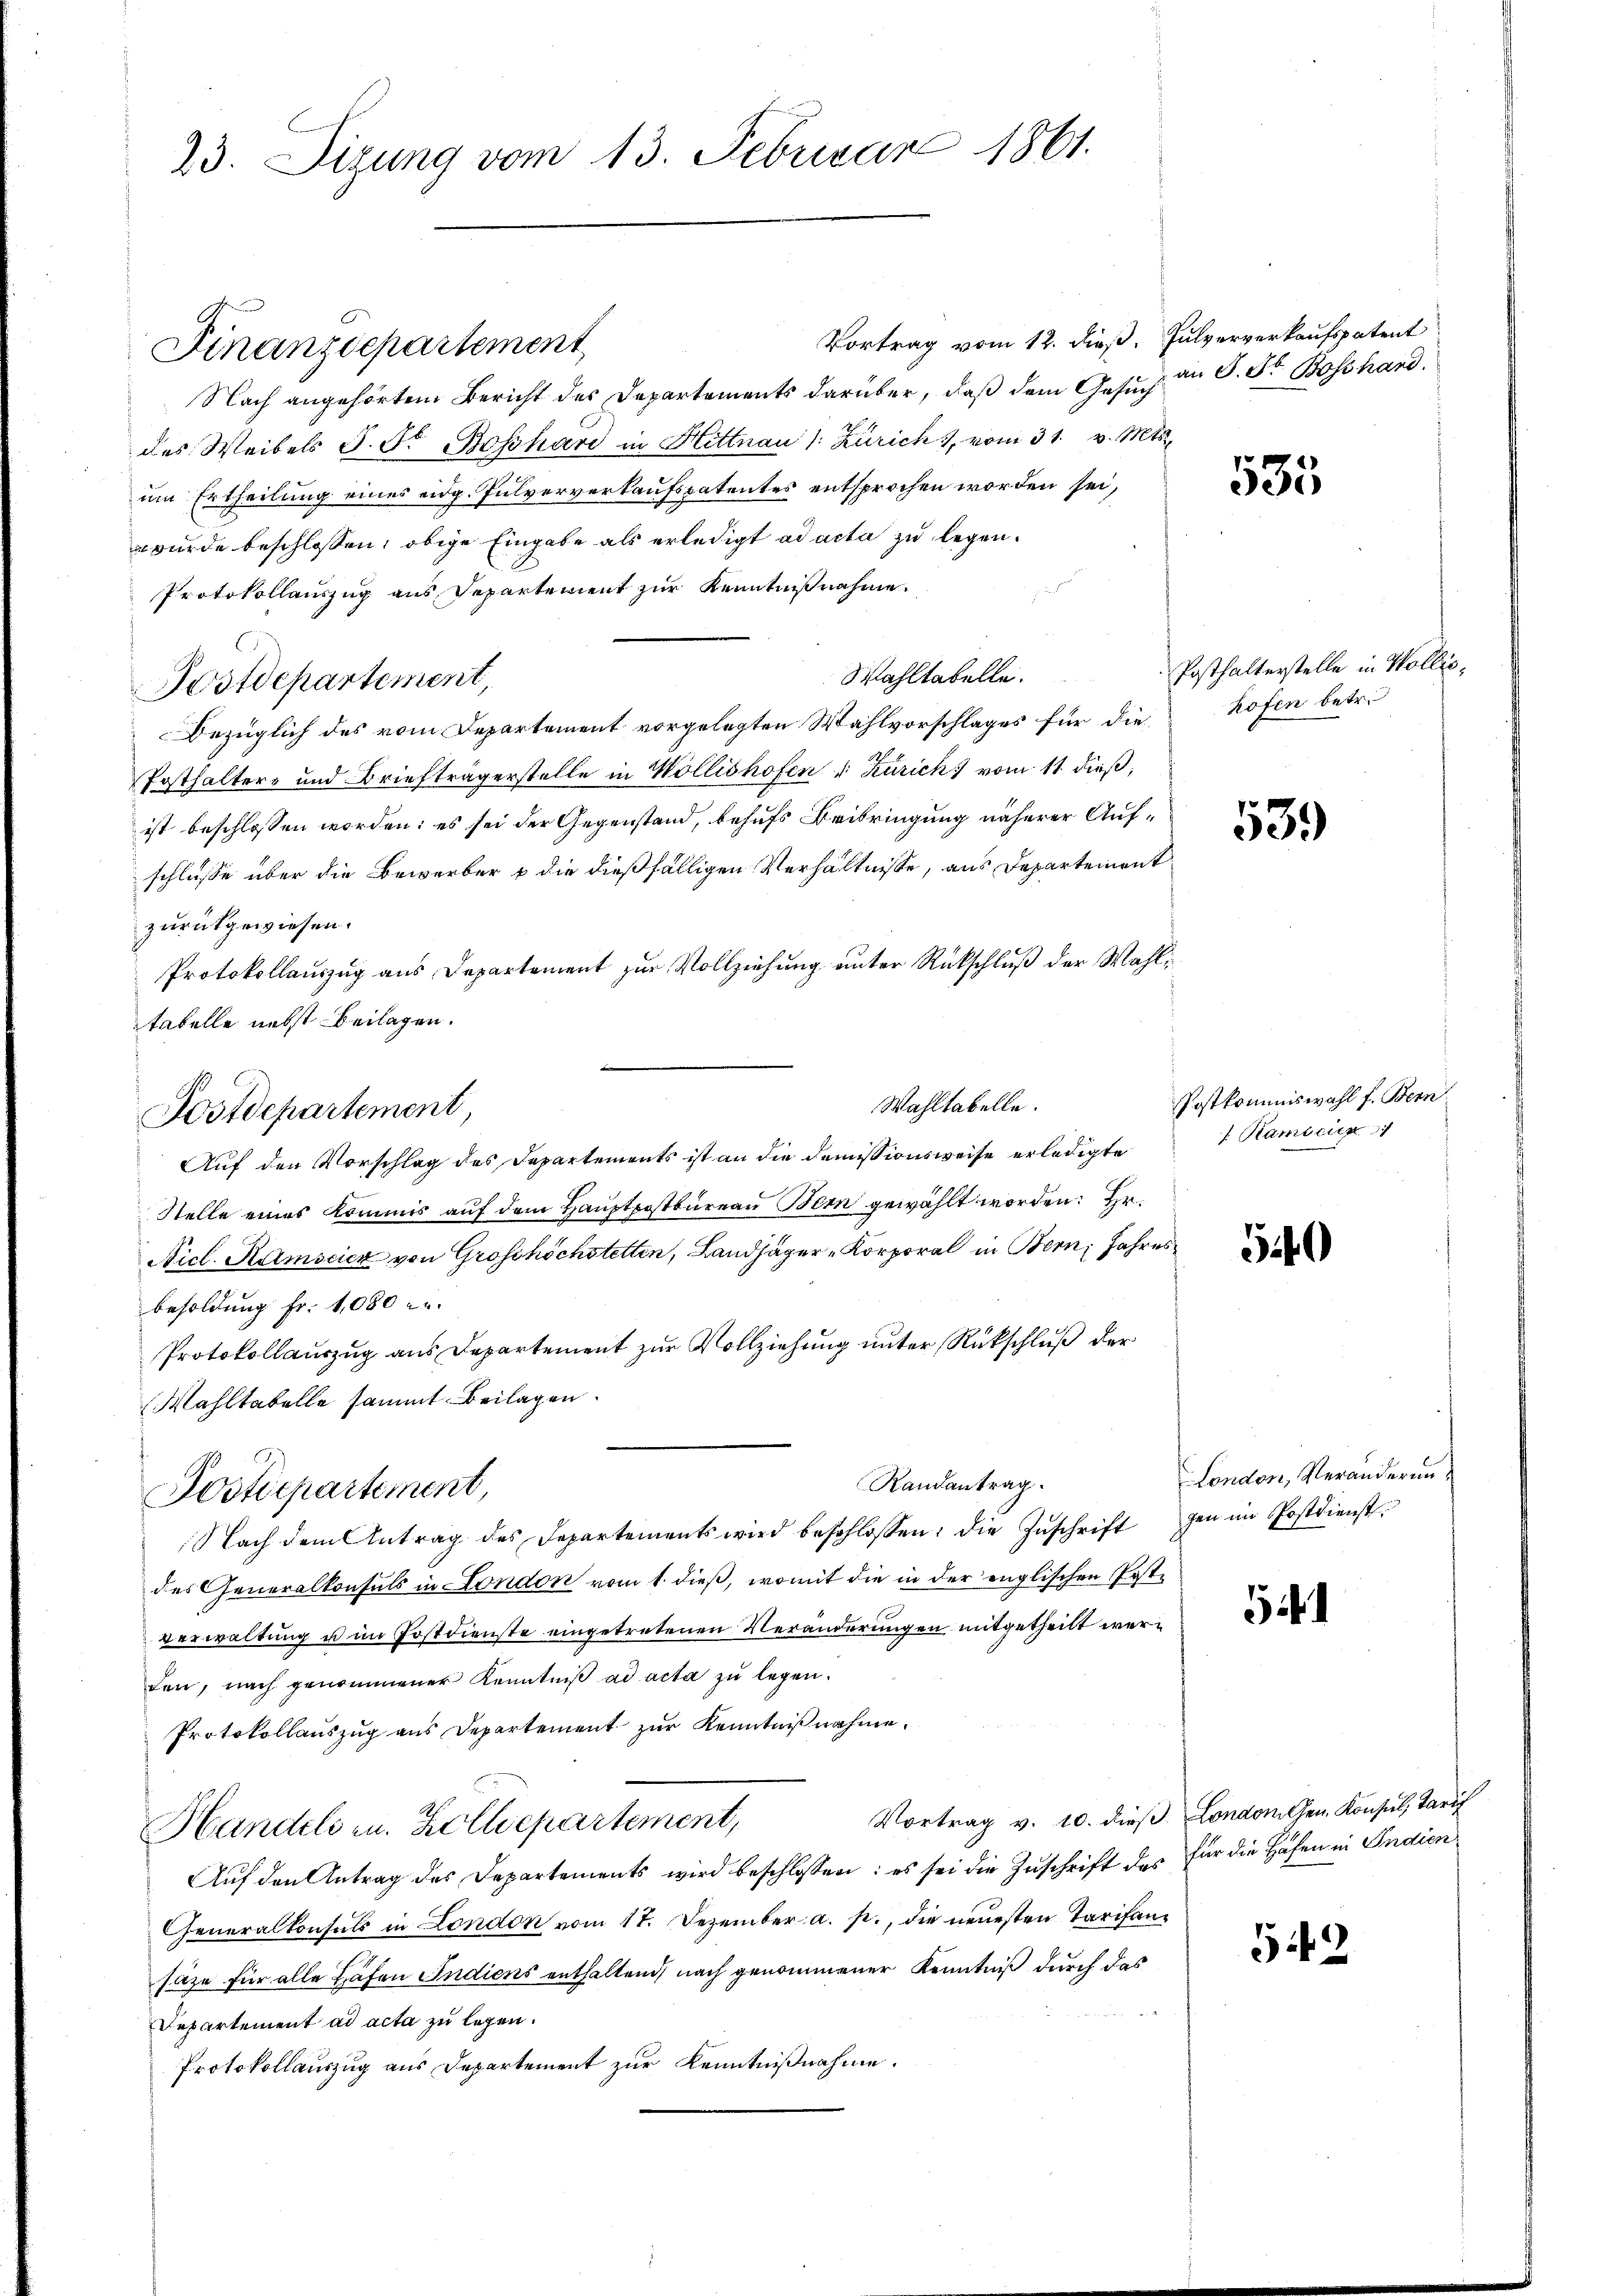
23. Sizung vom 13. Februar 1861.

Finanzdepartement

Postdepartement,

Vortrag vom 12. dieß. Fulververkaufspatent
Nach angehörtem Bericht des Departements darüber, daß dem Gesuch an S. Dr. Bosshanddes Weibels J. F. Bosshard in Hittnau (: Zürich, vom 31. v. Mts.
um Ertheilung eines eidg. Pulververkaufspatentes entsprochen worden sei,
wurde beschlossen, obige Eingabe als erledigt ad acta zu legen.
Protokollauszug aus Departement zur Kenntnißnahme.
Wahltabelle.
Postdepartement,
Bezüglich des vom Departement vorgelegten Wahlvorschlages für die
Posthalters und Briefträgerstelle in Wollishofen u. Kurich) vom 11. dieß,
ist beschlossen worden; es sei der Gegenstand, behufs Beibringung näherer Aufschlüsse über die Bewerber & die dießfälligen Verhältnisse, aus Departement
zurückgewiesen.
Protokollauszug aus Departement zur Vollziehung unter Rückschluß der Wahltabelle nebst Beilagen.
Wahltabelle.
Auf den Vorschlag des Departements ist an die Demissionsweise erledigte
Stelle eines Kommis auf dem Hauptpostbureau Bern gewählt worden. Er
Nicl. Ramscier von Grosshöchstetten, Landjäger Korporal in Bern, Jahres
besoldung Fr. 1,080 - u.
Protokollauszug aus Departement zur Vollziehung unter Rückschluß der
Wahltabelle sammt Beilagen.
Randantrag
Postdepartement,
Nach dem Antrag des Departements wird beschlossen, die Zŭschrift gen im Postdienst
des Generalkonsuls in London vom 1. dieß, womit die in der englischen Postverwaltung u im Postdienste eingetretenen Veränderungen mitgetheilt werden, nach genommener Kenntniß ad acta zu legen.
Protokollauszug aus Departement zur Kenntnißnahme.
Vortrag v. 10. dieβ London Gen. Konsul, Tarif
Handels zu. Zolldepartement,
Aŭf den Antrag des Departements wird beschlossen: es sei die Zuschrift des für die Häfen in Indien
Generalkonsuls in London vom 17. Dezember a. p., die neuesten Tarifansäze für alle Hafen Indiens enthaltend, nach genommener Kenntniß durch das
Departement ad acta zu legen.
Protokollauszug aus Departement zur Kenntnißnahme.

535

Posthalterstelle in Wollis,
hofen betr.

539

Postkommiswahl f. Bern
. Ramicier

540

London, Veränderung

541

542